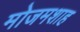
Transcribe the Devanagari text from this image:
मोजमशाह